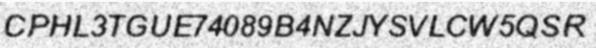
CPHL3TGUE74089B4NZJYSVLCW5QSR